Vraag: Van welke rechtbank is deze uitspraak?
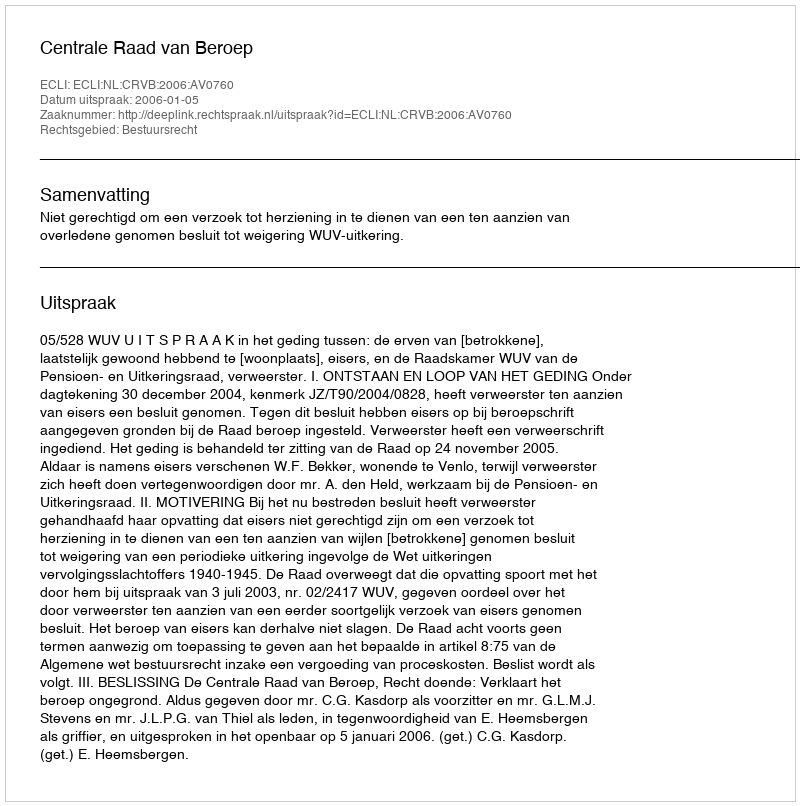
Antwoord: Centrale Raad van Beroep